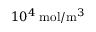
1 0 ^ { 4 } \; \mathrm { m o l } / \mathrm { m } ^ { 3 }